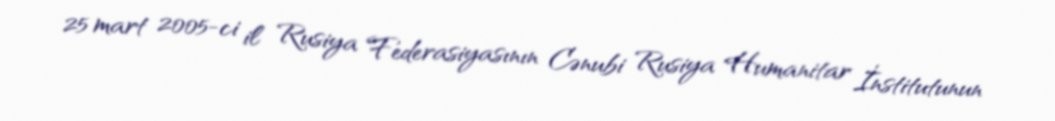
25 mart 2005-ci il Rusiya Federasiyasının Cənubi Rusiya Humanitar İnstitutunun